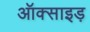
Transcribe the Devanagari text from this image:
ऑक्साइड़